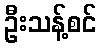
ဦးသန့်စင်